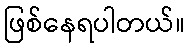
ဖြစ်နေရပါတယ်။